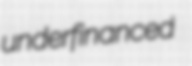
underfinanced